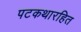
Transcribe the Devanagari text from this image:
पटकथारहित